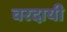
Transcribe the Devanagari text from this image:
वरदायी